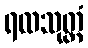
ရထသုတ္တံ